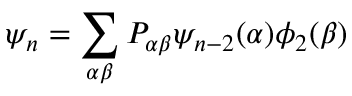
\psi _ { n } = \sum _ { \alpha \beta } P _ { \alpha \beta } \psi _ { n - 2 } ( \alpha ) \phi _ { 2 } ( \beta )